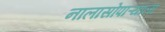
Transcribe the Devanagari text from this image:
नालासोपाऱ्याला